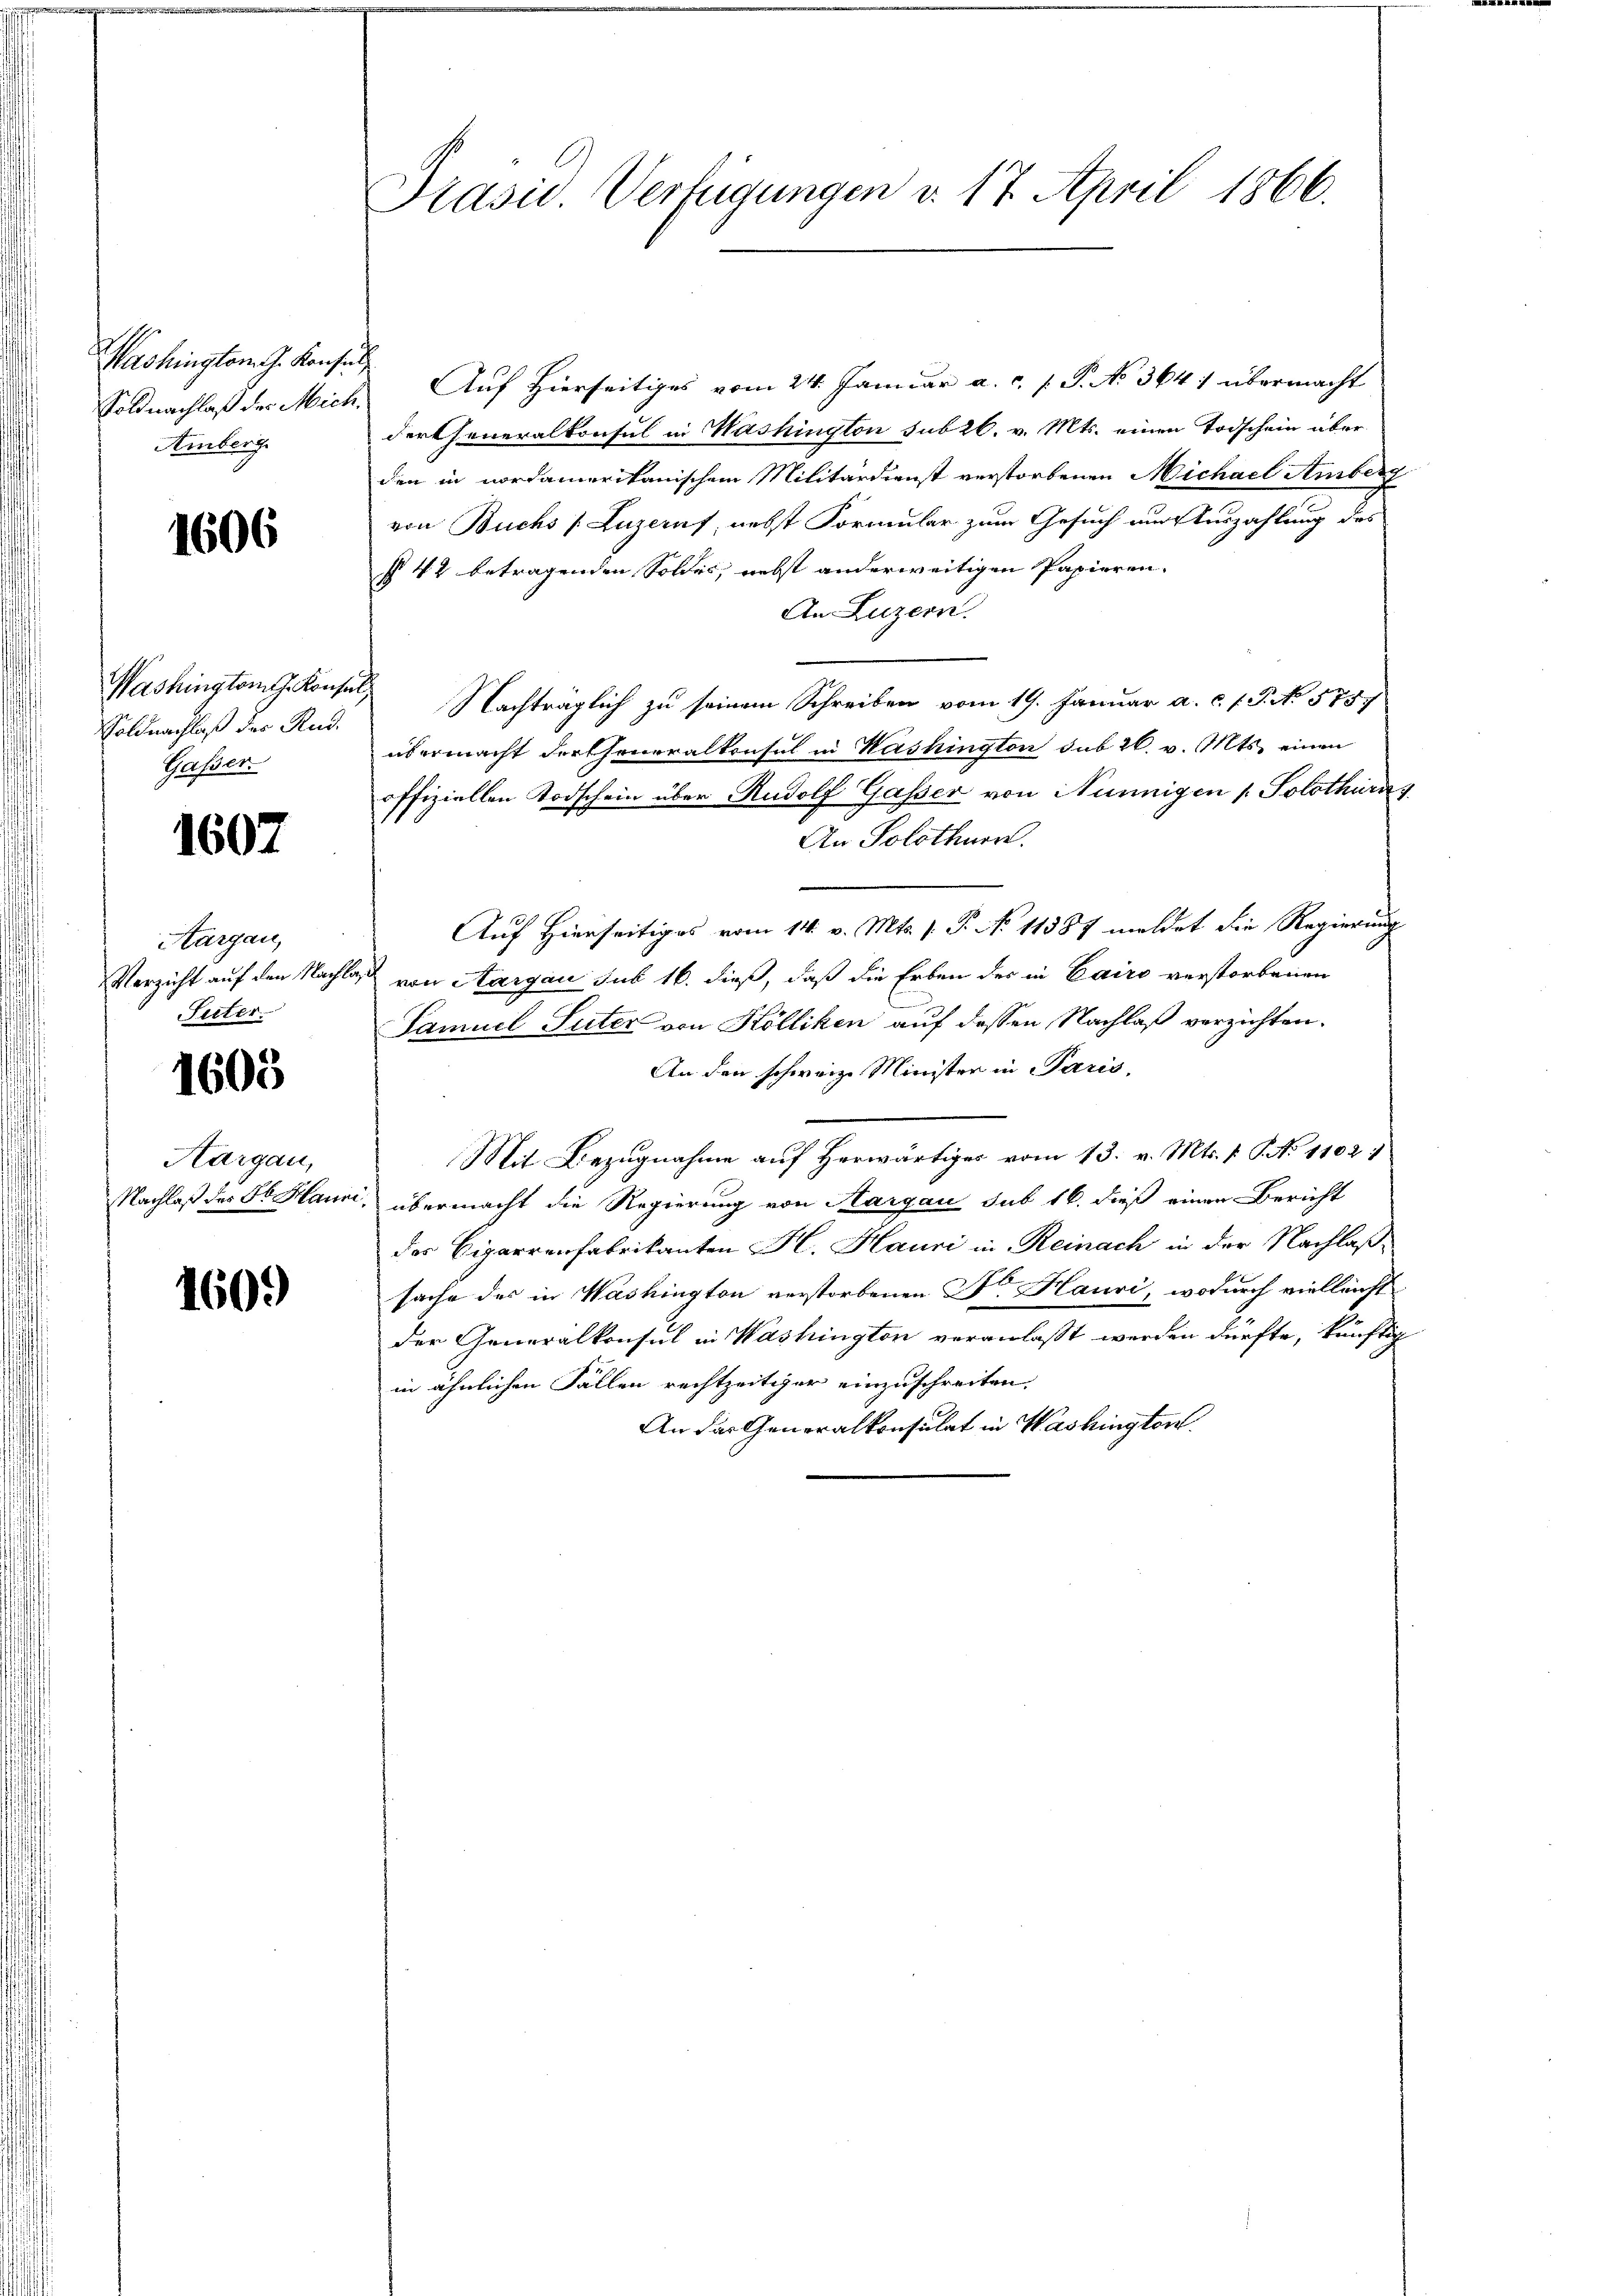
Washington J. Konsul
Amberg

1606

Soldnachlaß der Rud.
Gasser.

1607

Aargau,
Suter

1605

Hargau,

1609

Prasis. Verfügungen v. 17. April 1866.

Soldnachlaß des Mich. Auf Hierseitiges vom 24. Januar a. c. f. P. No 364, übermacht
dertheneralkonsul in Washington sub 26. v. Mts. einen Todschein über
den in nordamerikanischem Militärdienst verstorbenen Michael Amberg
von Buchs (Luzerns, nebst Formular zum Gesuch und Auszahlung des
§ 42 betragenden Soldes, nebst anderweitigen Papieren.
An Luzern.
Washington Konsen Nachträglich zu seinem Schreiben vom 19. Januar a. c. f. P. No 575
übermacht der Generalkonsul in Washington sub 26. v. Mts. einen
offiziellen Todschein über Rudolf Gasser von Nunnigen /: Solothurn
An Solothurn.
Auf Hierseitiges vom 14. v. Mts. 1. P. No 11887 meldet die Regierung
Verzicht auf den Nachlaß von Aargau sub 16. dieß, daß die Erben der in Cairo verstorbenen
Samuel Suter von Kölliken auf dessen Nachlaß verzichten.
An den schweiz. Minister in Paris,
Mit Bezugnahme auf herwärtiges vom 13. v. Mts. v. P. No 1102:
Nachlaß des St. Hausi, übermacht die Regierung von Aargau sub 16. dieß einen Bericht
des Cigarrenfabrikanten H. Hauri in Reinach in der Nachlaßsache des in Washington verstorbenen Dr. Hauri, wodurch vielleicht
der Generalkonsul in Washington veranlaßt werden dürfte, künftig
in ähnlichen Fällen rechtzeitiger einzuschreiten.
An der Generalkonsulat in Washington